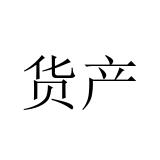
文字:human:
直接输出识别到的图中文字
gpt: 货产